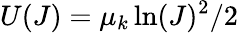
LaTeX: U(J)=\mu_{k}\ln(J)^{2}/2